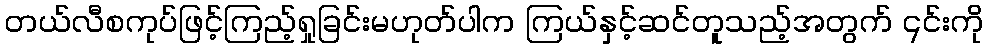
တယ်လီစကုပ်ဖြင့်ကြည့်ရှုခြင်းမဟုတ်ပါက ကြယ်နှင့်ဆင်တူသည့်အတွက် ၎င်းကို